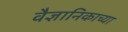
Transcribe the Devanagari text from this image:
वैज्ञानिकाच्या